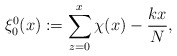
\begin{align*} \xi_{0}^0(x):=\sum_{z=0}^x \chi (x)-\frac{kx}{N},\end{align*}